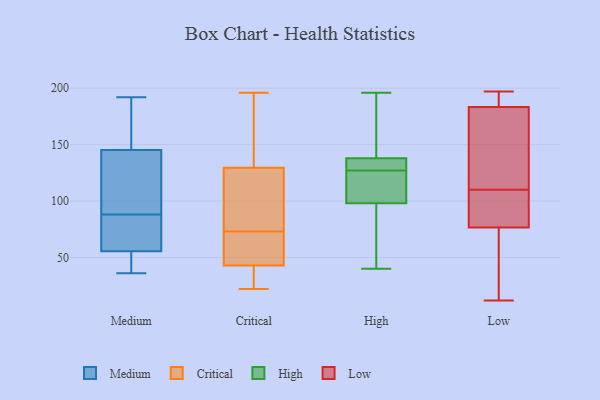
{"axis": {"x": "Churn Rate (%)", "y": "Value"}, "legend": ["Critical", "High", "Low", "Medium"], "data": [{"x": "", "y": 141, "type": "Medium"}, {"x": "", "y": 36, "type": "Medium"}, {"x": "", "y": 80, "type": "Medium"}, {"x": "", "y": 88, "type": "Medium"}, {"x": "", "y": 110, "type": "Medium"}, {"x": "", "y": 171, "type": "Medium"}, {"x": "", "y": 99, "type": "Medium"}, {"x": "", "y": 69, "type": "Medium"}, {"x": "", "y": 45, "type": "Medium"}, {"x": "", "y": 192, "type": "Medium"}, {"x": "", "y": 59, "type": "Medium"}, {"x": "", "y": 42, "type": "Medium"}, {"x": "", "y": 158, "type": "Medium"}, {"x": "", "y": 50, "type": "Critical"}, {"x": "", "y": 80, "type": "Critical"}, {"x": "", "y": 183, "type": "Critical"}, {"x": "", "y": 112, "type": "Critical"}, {"x": "", "y": 121, "type": "Critical"}, {"x": "", "y": 66, "type": "Critical"}, {"x": "", "y": 138, "type": "Critical"}, {"x": "", "y": 34, "type": "Critical"}, {"x": "", "y": 196, "type": "Critical"}, {"x": "", "y": 41, "type": "Critical"}, {"x": "", "y": 22, "type": "Critical"}, {"x": "", "y": 45, "type": "Critical"}, {"x": "", "y": 128, "type": "High"}, {"x": "", "y": 174, "type": "High"}, {"x": "", "y": 121, "type": "High"}, {"x": "", "y": 128, "type": "High"}, {"x": "", "y": 121, "type": "High"}, {"x": "", "y": 132, "type": "High"}, {"x": "", "y": 176, "type": "High"}, {"x": "", "y": 40, "type": "High"}, {"x": "", "y": 122, "type": "High"}, {"x": "", "y": 138, "type": "High"}, {"x": "", "y": 126, "type": "High"}, {"x": "", "y": 136, "type": "High"}, {"x": "", "y": 78, "type": "High"}, {"x": "", "y": 98, "type": "High"}, {"x": "", "y": 86, "type": "High"}, {"x": "", "y": 75, "type": "High"}, {"x": "", "y": 196, "type": "High"}, {"x": "", "y": 175, "type": "High"}, {"x": "", "y": 12, "type": "Low"}, {"x": "", "y": 110, "type": "Low"}, {"x": "", "y": 184, "type": "Low"}, {"x": "", "y": 188, "type": "Low"}, {"x": "", "y": 126, "type": "Low"}, {"x": "", "y": 183, "type": "Low"}, {"x": "", "y": 12, "type": "Low"}, {"x": "", "y": 99, "type": "Low"}, {"x": "", "y": 92, "type": "Low"}, {"x": "", "y": 118, "type": "Low"}, {"x": "", "y": 128, "type": "Low"}, {"x": "", "y": 16, "type": "Low"}, {"x": "", "y": 103, "type": "Low"}, {"x": "", "y": 60, "type": "Low"}, {"x": "", "y": 197, "type": "Low"}, {"x": "", "y": 82, "type": "Low"}, {"x": "", "y": 190, "type": "Low"}]}